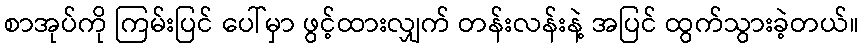
စာအုပ်ကို ကြမ်းပြင် ပေါ်မှာ ဖွင့်ထားလျှက် တန်းလန်းနဲ့ အပြင် ထွက်သွားခဲ့တယ်။